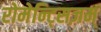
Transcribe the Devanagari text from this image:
रोमेन्ट्सिज़म्